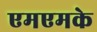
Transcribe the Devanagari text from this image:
एमएमके